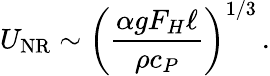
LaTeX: U_{\mathrm{NR}}\sim\left(\frac{\alpha gF_{H}\ell}{\rho c_{P}}\right)^{1/3}\, .